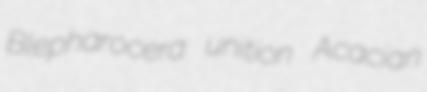
Blepharocera unition Acacian